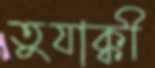
তুযাক্কী